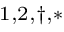
^ { 1 , 2 , \dagger , * }